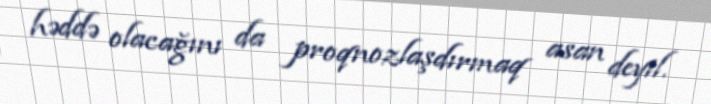
həddə olacağını da proqnozlaşdırmaq asan deyil.